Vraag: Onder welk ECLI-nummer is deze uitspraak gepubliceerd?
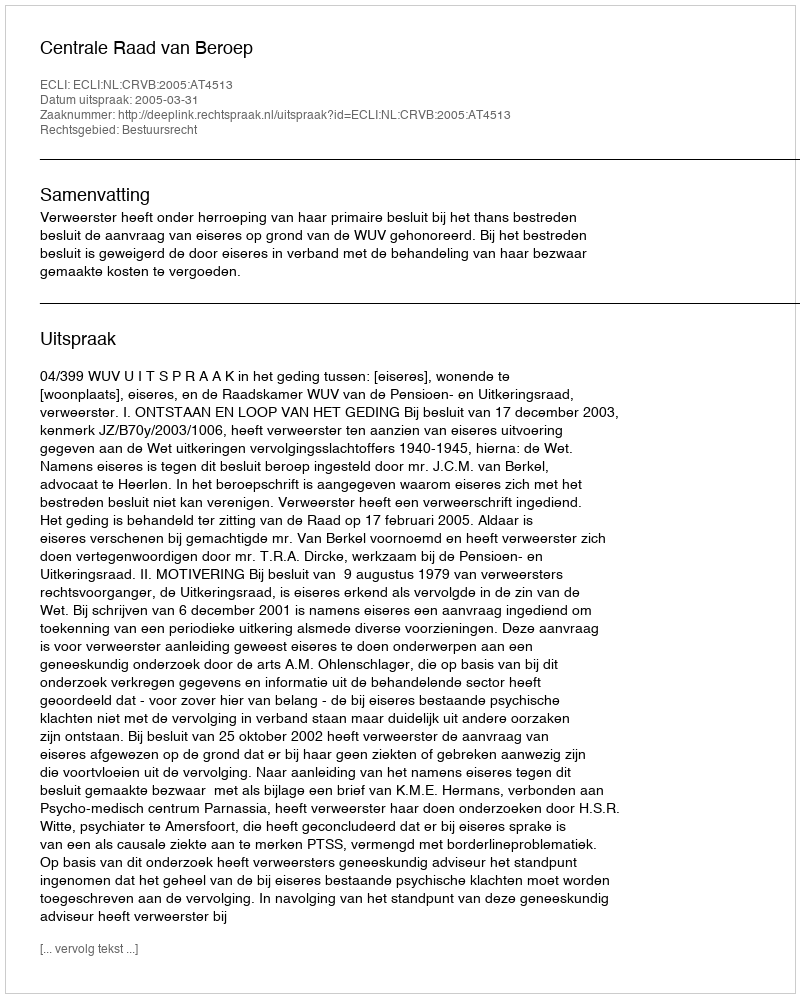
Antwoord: ECLI:NL:CRVB:2005:AT4513